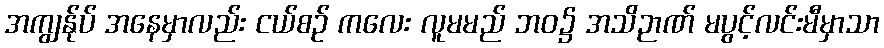
အကျွန်ုပ် အနေမှာလည်း ငယ်စဉ် ကလေး လူမမည် ဘဝ၌ အသိဉာဏ် မပွင့်လင်းမီမှာသာ